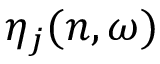
\eta _ { j } ( n , \omega )